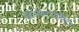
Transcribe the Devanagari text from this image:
प्रोजेक्टमोनिटर